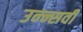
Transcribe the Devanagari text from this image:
उन्न्सवीं